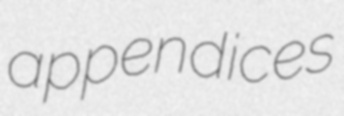
appendices